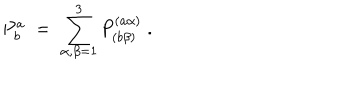
LaTeX: P _ { b } ^ { a } \; = \; \sum _ { \alpha , \beta = 1 } ^ { 3 } P _ { ( b \beta ) } ^ { ( a \alpha ) } \; .